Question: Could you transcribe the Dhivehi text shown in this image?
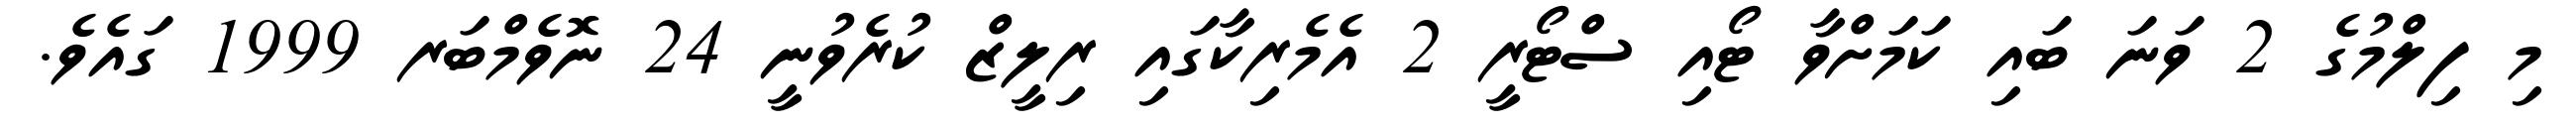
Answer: މި ފިލްމުގެ 2 ވަނަ ބައި ކަމަށްވާ ޓޯއި ސްޓޯރީ 2 އެމެރިކާގައި ރިލީޒް ކުރެވުނީ 24 ނޮވެމްބަރ 1999 ގައެވެ.